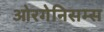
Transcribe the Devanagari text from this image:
ओरगेनिसम्स